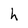
Character: h